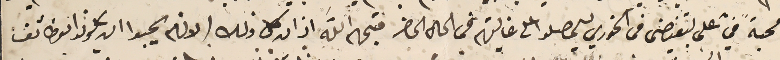
محبةً في على تبغيضى فى الخوري ليحصلوا على غايتهم في الحال الحاضر فبهمه الله اذ ان كل ذلك الانهم يحبوا ان يكونوا بوظائف